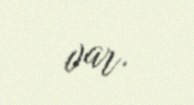
var.